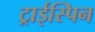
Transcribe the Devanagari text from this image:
ट्राईस्पिन